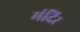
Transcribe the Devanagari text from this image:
मंदिर